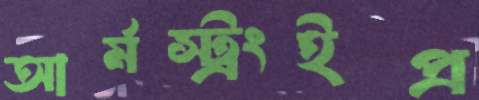
আর্মস্ট্রংইপ্র